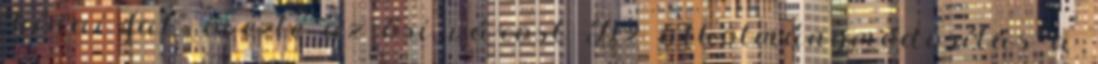
"kínai fal" övezte az ősi várost Az alkotmánymódosítás a